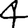
Digit: 4